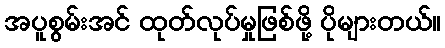
အပူစွမ်းအင် ထုတ်လုပ်မှုဖြစ်ဖို့ ပိုများတယ်။